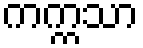
ကက္ကသာ